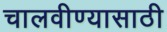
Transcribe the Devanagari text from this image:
चालवीण्यासाठी